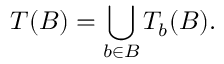
T ( B ) = \bigcup _ { b \in B } T _ { b } ( B ) .